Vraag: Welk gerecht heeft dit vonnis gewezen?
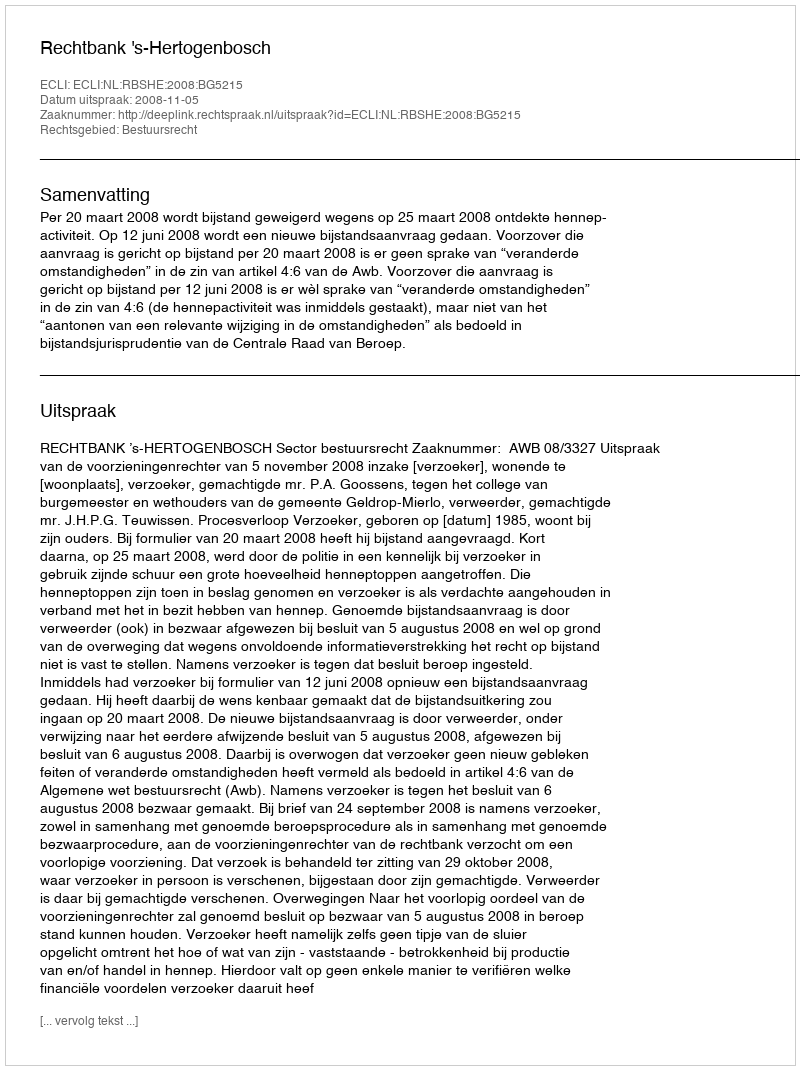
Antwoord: Rechtbank 's-Hertogenbosch